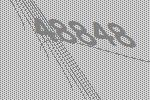
48848